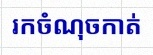
រកចំណុចកាត់